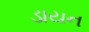
ડાયન